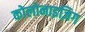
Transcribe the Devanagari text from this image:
कोलोनाइज़िग